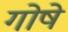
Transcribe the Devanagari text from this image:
गोषे